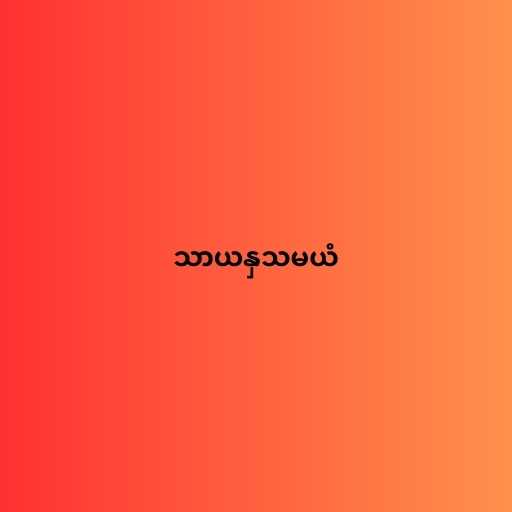
သာယနှသမယံ